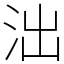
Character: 泏